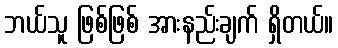
ဘယ်သူ ဖြစ်ဖြစ် အားနည်းချက် ရှိတယ်။